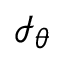
\scriptstyle { \mathcal { I } } _ { \theta }